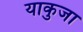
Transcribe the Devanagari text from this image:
याकुजा